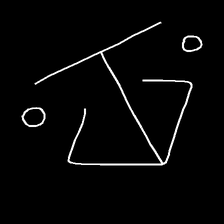
Glyph: earth